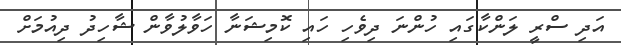
އަދި ސްރީ ލަންކާގައި ހުންނަ ދިވެހި ހައި ކޮމިޝަނާ ހަވާލުވާން ޝާހިދު ދިއުމަށް